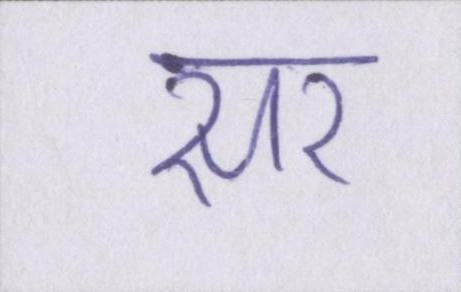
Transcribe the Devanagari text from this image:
सर